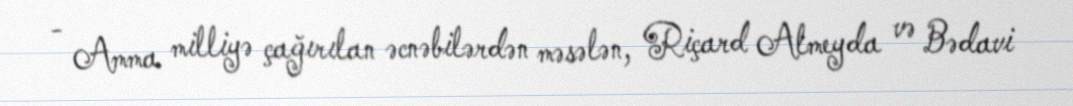
- Amma milliyə çağırılan əcnəbilərdən məsələn, Riçard Almeyda və Bədavi